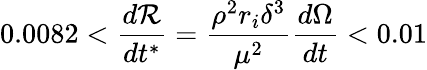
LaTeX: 0.0082<\frac{d\mathcal{R}}{dt^{*}}=\frac{\rho^{2}r_{i}\delta^{3}}{\mu^{2}}\frac{d\Omega}{dt}<0.01